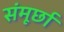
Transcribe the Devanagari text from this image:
संमूर्छा